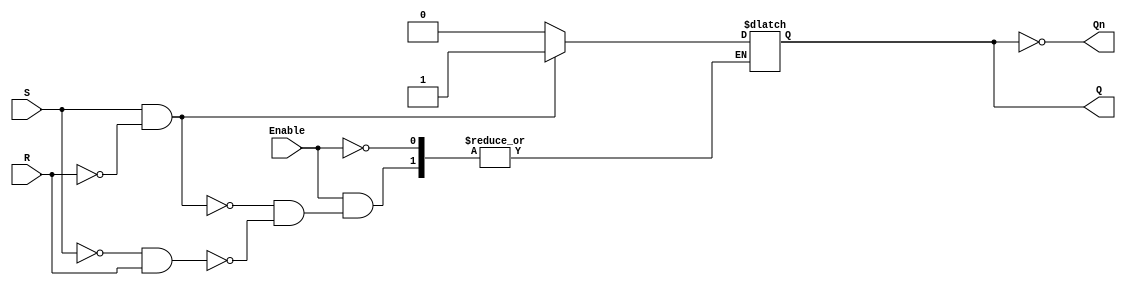
module gated_sr_latch (
    input wire S,        // Set input
    input wire R,        // Reset input
    input wire Enable,   // Enable input
    output reg Q,        // Output Q
    output wire Qn       // Output Q' (complement of Q)
);

    assign Qn = ~Q;      // Q' is the complement of Q

    always @(*) begin
        if (Enable) begin
            if (S && !R) begin
                Q <= 1'b1; // Set Q to 1
            end else if (!S && R) begin
                Q <= 1'b0; // Reset Q to 0
            end
            // If S = 0 and R = 0, maintain previous state (handled by default behavior)
            // S = 1 and R = 1 is considered indeterminate and should be avoided.
        end
        // When Enable is low, hold the previous state of Q
    end

endmodule